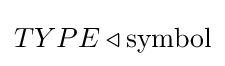
TYPE\triangleleft {\text{symbol}}